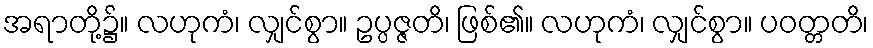
အရာတို့၌။ လဟုကံ၊ လျှင်စွာ။ ဥပ္ပဇ္ဇတိ၊ ဖြစ်၏။ လဟုကံ၊ လျှင်စွာ။ ပဝတ္တတိ၊